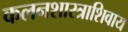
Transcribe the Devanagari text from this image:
कलनशास्त्राशिवाय